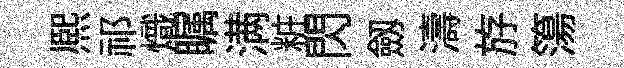
熈祁熾瞩满粧閃劔濤斿簜